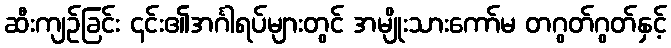
ဆီးကျဉ်ခြင်း ၎င်း၏အင်္ဂါရပ်များတွင် အမျိုးသားကော်မ တဂွတ်ဂွတ်နှင့်